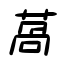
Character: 萵